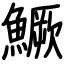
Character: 鱖